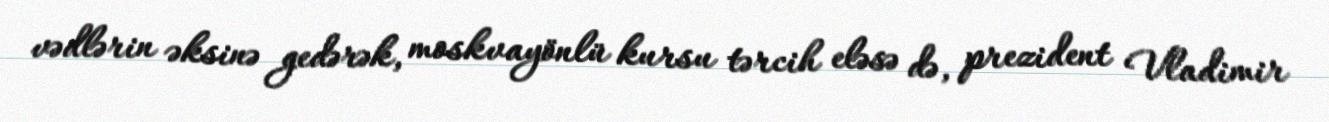
vədlərin əksinə gedərək, moskvayönlü kursu tərcih eləsə də, prezident Vladimir